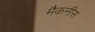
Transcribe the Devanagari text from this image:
मैकनीस